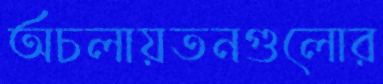
অচলায়তনগুলোর